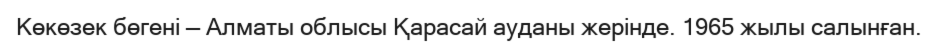
Көкөзек бөгені — Алматы облысы Қарасай ауданы жерінде. 1965 жылы салынған.